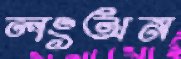
লংঅন